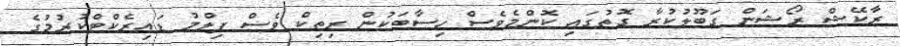
ރާކޭޝް ރޯޝަން ގަބޫލުކުރާ ގޮތުގައި ކޮންމެވެސް ހިސާބަކުން ރިތިކް ވެސް ފިލްމު ޑައިރެކްޓްކުރުމުގެ